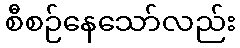
စီစဉ်နေသော်လည်း